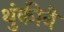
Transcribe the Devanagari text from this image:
थुंकीने